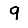
Digit: 9